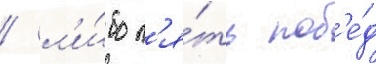
/ л'и́бо п'я́ть поб'е́д